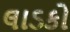
લાડકો